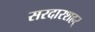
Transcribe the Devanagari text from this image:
सरदारशहर्